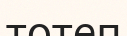
тотеп